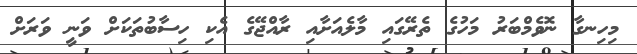
މިހިނގާ ނޮވެމްބަރު މަހުގެ ތެރޭގައި މާލެއަށާއި ރާއްޖޭގެ އެކި ހިސާބުތަކަށް ވަނީ ވަރަށް